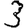
Digit: 3